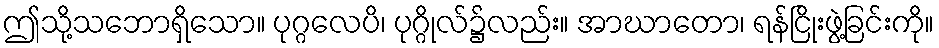
ဤသို့သဘောရှိသော။ ပုဂ္ဂလေပိ၊ ပုဂ္ဂိုလ်၌လည်း။ အာဃာတော၊ ရန်ငြိုးဖွဲ့ခြင်းကို။